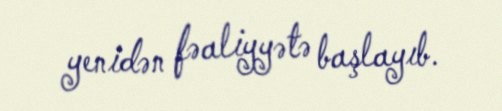
yenidən fəaliyyətə başlayıb.